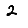
Digit: 2